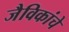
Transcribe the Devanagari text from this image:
जैविकांचे